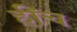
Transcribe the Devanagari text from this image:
हींच